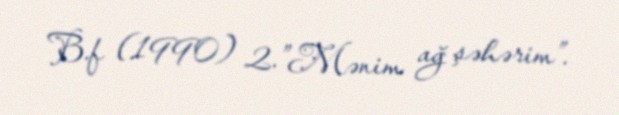
B.f (1990) 2.”Mənim ağ şəhərim”.